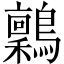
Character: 𬷶